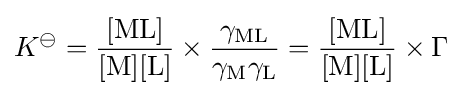
K^{\ominus }={\frac {[\mathrm {ML} ]}{[\mathrm {M} ][\mathrm {L} ]}}\times {\frac {\gamma _{\mathrm {ML} }}{\gamma _{\mathrm {M} }\gamma _{\mathrm {L} }}}={\frac {[\mathrm {ML} ]}{[\mathrm {M} ][\mathrm {L} ]}}\times \Gamma